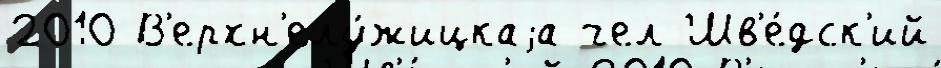
2010 В'ерхн'елу́жицкаjа чел Шв'е́дск'ий